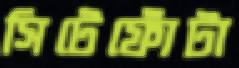
সিটেফোঁটা